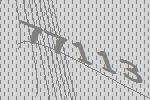
77113